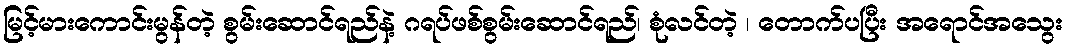
မြင့်မားကောင်းမွန်တဲ့ စွမ်းဆောင်ရည်နဲ့ ဂရပ်ဖစ်စွမ်းဆောင်ရည်၊ စုံလင်တဲ့ ၊ တောက်ပပြီး အရောင်အသွေး